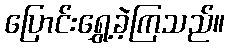
ပြောင်းရွှေ့ခဲ့ကြသည်။